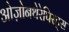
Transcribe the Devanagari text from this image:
ओज़ोनथेरेपिस्ट्स